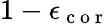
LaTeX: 1-\epsilon_{\mathrm{~c~o~r~}}